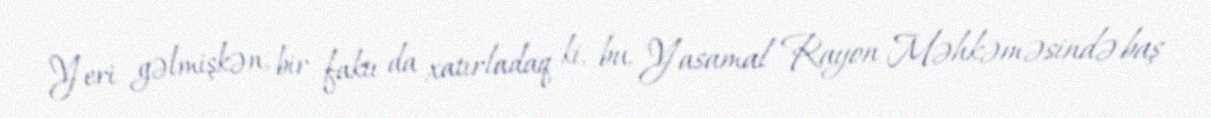
Yeri gəlmişkən, bir faktı da xatırladaq ki, bu, Yasamal Rayon Məhkəməsində baş